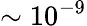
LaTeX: \sim 10^{-9}